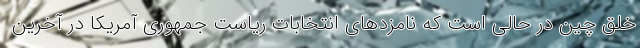
خلق چین در حالی است که نامزدهای انتخابات ریاست جمهوری آمریکا در آخرین